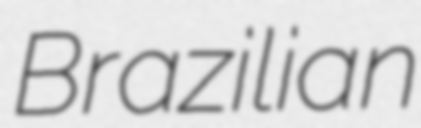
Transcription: Brazilian